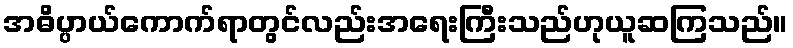
အဓိပ္ပာယ်ကောက်ရာတွင်လည်းအရေးကြီးသည်ဟုယူဆကြသည်။